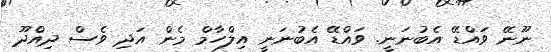
ނޫނޭ ވައްޑޭ އެބުނަނީ. ވައްޑޭ އެބުނަނީ އިލްހާމް މެން އަދި ވެސް ދިއްދޫ